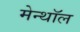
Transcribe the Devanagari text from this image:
मेन्थॉल